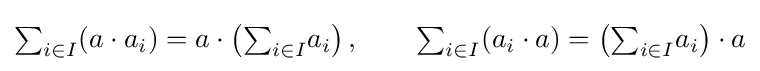
{\textstyle \sum }_{i\in I}{\left(a\cdot a_{i}\right)}=a\cdot \left({\textstyle \sum }_{i\in I}{a_{i}}\right),\qquad {\textstyle \sum }_{i\in I}{\left(a_{i}\cdot a\right)}=\left({\textstyle \sum }_{i\in I}{a_{i}}\right)\cdot a